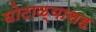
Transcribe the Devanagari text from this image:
घोटाळ्यासह